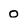
Character: 0